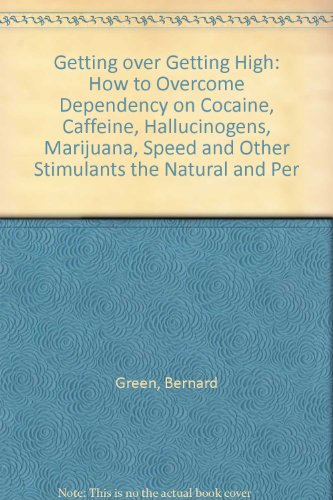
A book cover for Getting over Getting High: How to Overcome Dependency on Cocaine, Caffeine, Hallucinogens, Marijuana, Speed and Other Stimulants the Natural and Per; Bernard Green; Health, Fitness & Dieting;